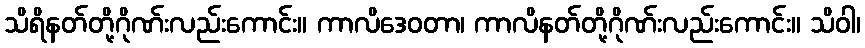
သိရိနတ်တို့ဂိုဏ်းလည်းကောင်း။ ကာလိဒေဝတာ၊ ကာလိနတ်တို့ဂိုဏ်းလည်းကောင်း။ သိဝါ၊